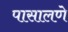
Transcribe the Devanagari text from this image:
पासालणे